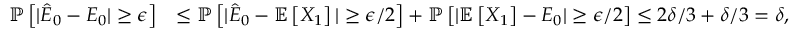
\begin{array} { r l } { \mathbb { P } \left[ | \hat { E } _ { 0 } - E _ { 0 } | \ge \epsilon \right] } & { \le \mathbb { P } \left[ | \hat { E } _ { 0 } - \mathbb { E } \left[ X _ { 1 } \right] | \ge \epsilon / 2 \right] + \mathbb { P } \left[ | \mathbb { E } \left[ X _ { 1 } \right] - E _ { 0 } | \ge \epsilon / 2 \right] \le 2 \delta / 3 + \delta / 3 = \delta , } \end{array}